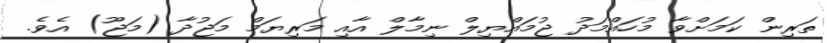
ތަރިން ކަމަށްވާ މުހައްމަދު ޖުމައްޔިލް ނިމާލް އާއި މަރިޔަމް މަޖުދާ (މަޖޫ) އެވެ.